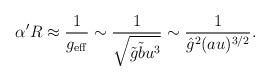
LaTeX: \begin{align*}\alpha' R \approx \frac{1}{g_{\rm eff}}\sim \frac{1}{\sqrt{\tilde g \tilde b u^3}} \sim \frac{1}{{\hat g}^2 (a u)^{3/2}}.\end{align*}